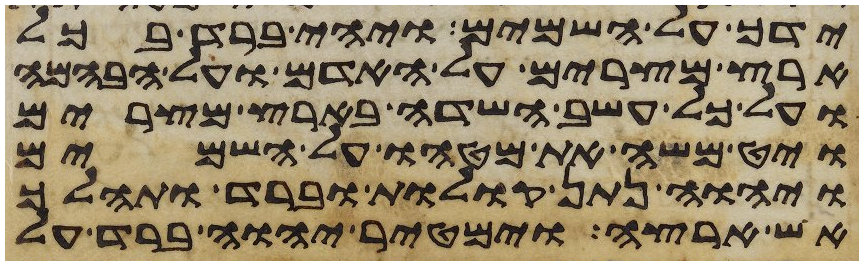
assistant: ידך על השמים ויהי ברד בכל
ארץ מצרים על האדם ועל הבהמה
ועל כל עשב השדה בארץ מצרים
ויט משה את מטהו על השמים
ויהוה נתן קולות וברד ותהלך
אש ארצה וימטיר יהוה ברד על